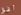
أفق